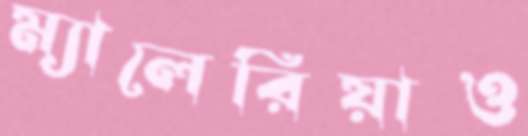
ম্যালেরিয়াও